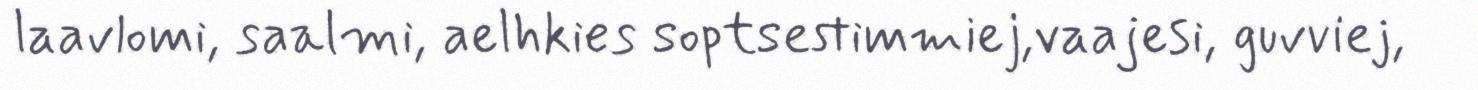
laavlomi, saalmi, aelhkies soptsestimmiej,vaajesi, guvviej,